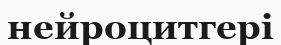
нейроцитгері